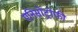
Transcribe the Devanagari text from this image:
एनिसोट्रोफी